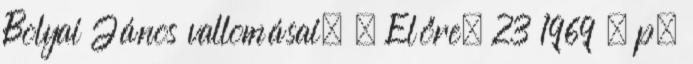
Bolyai János vallomásai. = Előre. 23 1969 . p.